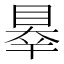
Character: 𥇝